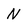
Character: N